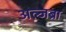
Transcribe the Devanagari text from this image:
अल्जब्रा